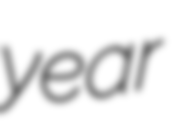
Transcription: year